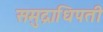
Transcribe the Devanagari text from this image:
समुद्राधिपती